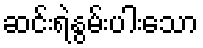
ဆင်းရဲနွမ်းပါးသော